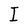
Character: I